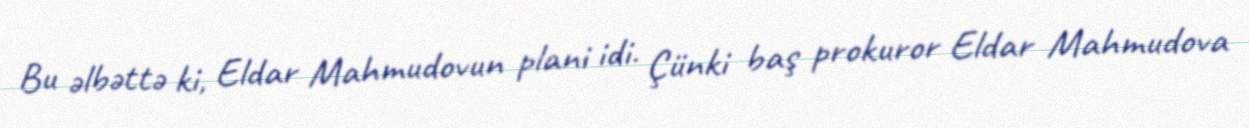
Bu əlbəttə ki, Eldar Mahmudovun plani idi. Çünki baş prokuror Eldar Mahmudova